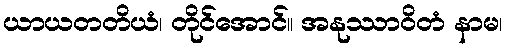
ယာယတတိယံ၊ တိုင်အောင်။ အနုဿာဝိတံ နာမ၊